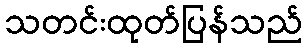
သတင်းထုတ်ပြန်သည်